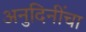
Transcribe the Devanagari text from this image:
अनुदिनींचा